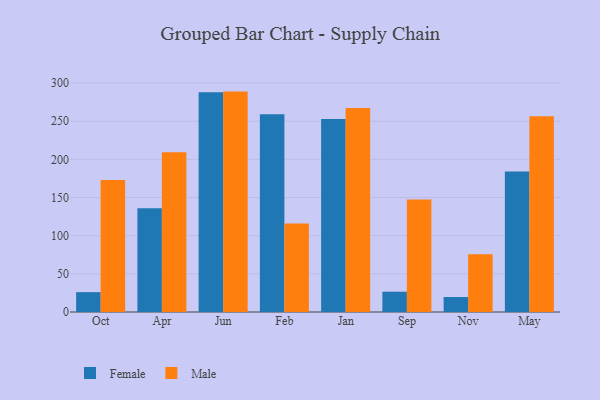
{"axis": {"x": "Month", "y": "Active Users"}, "legend": ["Female", "Male"], "data": [{"x": "Oct", "y": 26.0, "type": "Female"}, {"x": "Oct", "y": 172.9, "type": "Male"}, {"x": "Apr", "y": 136.0, "type": "Female"}, {"x": "Apr", "y": 209.4, "type": "Male"}, {"x": "Jun", "y": 287.8, "type": "Female"}, {"x": "Jun", "y": 288.8, "type": "Male"}, {"x": "Feb", "y": 259.1, "type": "Female"}, {"x": "Feb", "y": 116.1, "type": "Male"}, {"x": "Jan", "y": 252.8, "type": "Female"}, {"x": "Jan", "y": 267.4, "type": "Male"}, {"x": "Sep", "y": 26.6, "type": "Female"}, {"x": "Sep", "y": 147.3, "type": "Male"}, {"x": "Nov", "y": 19.6, "type": "Female"}, {"x": "Nov", "y": 75.8, "type": "Male"}, {"x": "May", "y": 184.1, "type": "Female"}, {"x": "May", "y": 256.4, "type": "Male"}]}